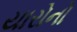
યારોનો